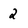
Character: 2